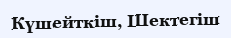
Күшейткіш, Шектегіш